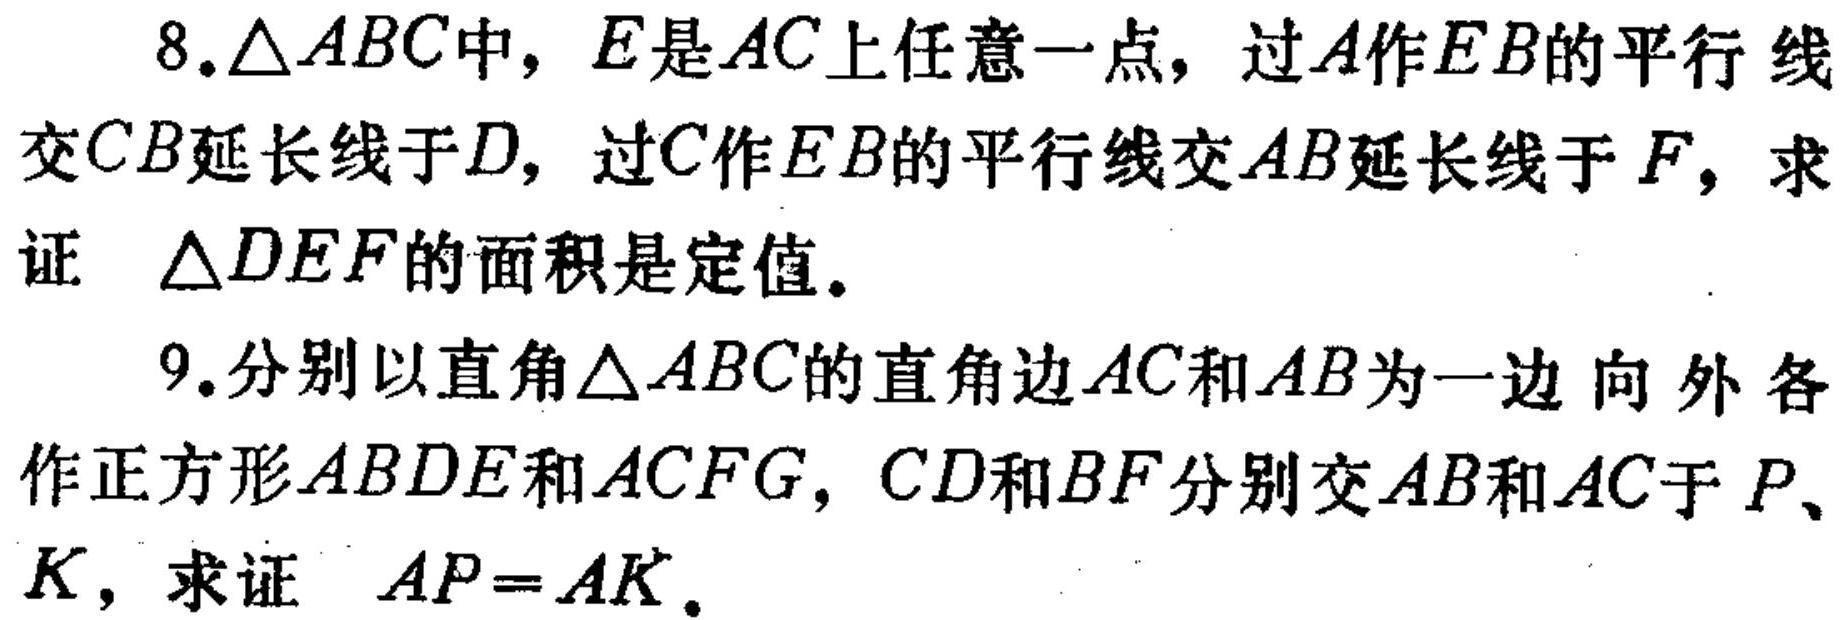
8.$\triangle ABC$中，$E$是$AC$上任意一点，过$A$作$EB$的平行线交$CB$延长线于$D$，过$C$作$EB$的平行线交$AB$延长线于$F$，求证 $\triangle DEF$的面积是定值。
9.分别以直角$\triangle ABC$的直角边$AC$和$AB$为一边向外各作正方形$ABDE$和$ACFG$，$CD$和$BF$分别交$AB$和$AC$于$P$、$K$，求证 $AP = AK$。